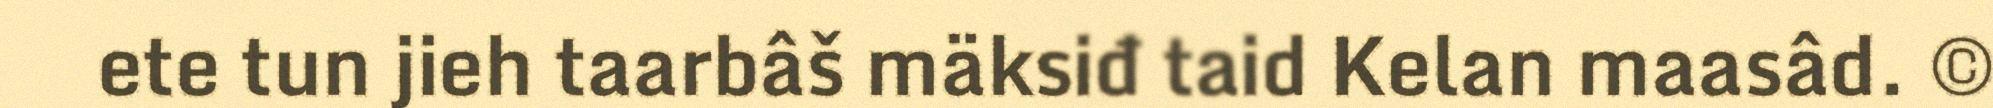
ete tun jieh taarbâš mäksiđ taid Kelan maasâd. ©